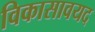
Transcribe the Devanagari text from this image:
विकासावयद